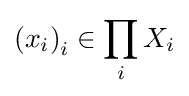
\left(x_{i}\right)_{i}\in \prod _{i}X_{i}